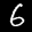
Label: 6